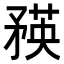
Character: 𥍼